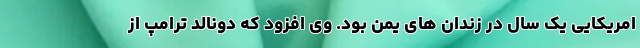
امریکایی یک سال در زندان های یمن بود. وی افزود که دونالد ترامپ از